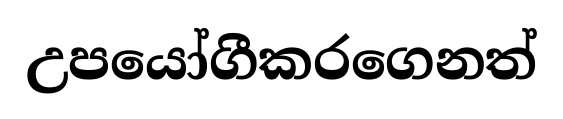
උපයෝගීකරගෙනත්